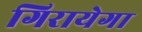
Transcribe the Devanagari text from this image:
गिरायेगा